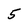
Character: 5